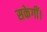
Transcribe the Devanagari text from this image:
सकेगीं।